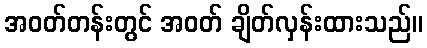
အဝတ်တန်းတွင် အဝတ် ချိတ်လှန်းထားသည်။